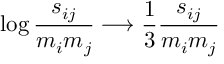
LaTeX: \log \frac { s _ { i j } } { m _ { i } m _ { j } } \longrightarrow \frac { 1 } { 3 } \frac { s _ { i j } } { m _ { i } m _ { j } }